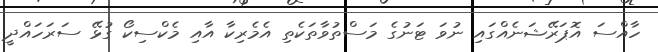
ހާއްސަ އޮޕަރޭޝަނެއްގައި ނުވަ ޓަނުގެ މަސްތުވާތަކެތި އެމެރިކާ އާއި މެކްސިކޯ ގުޅޭ ސަރަހައްދީ